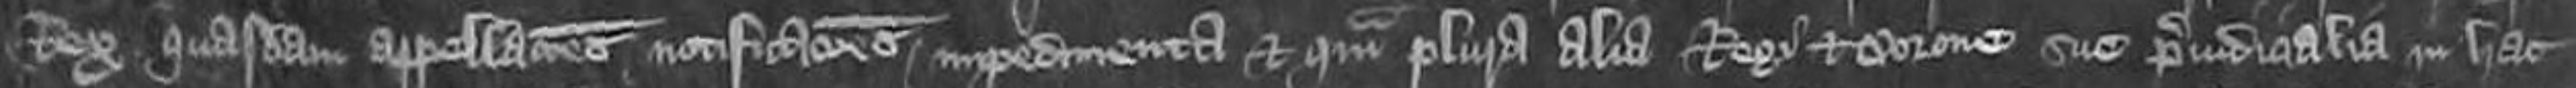
Rex quasdam appellaciones notificationes impedimenda et quam plura alia Regi et Corone sue preiudicialia in hac